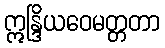
ဣန္ဒြိယဝေမတ္တတာ